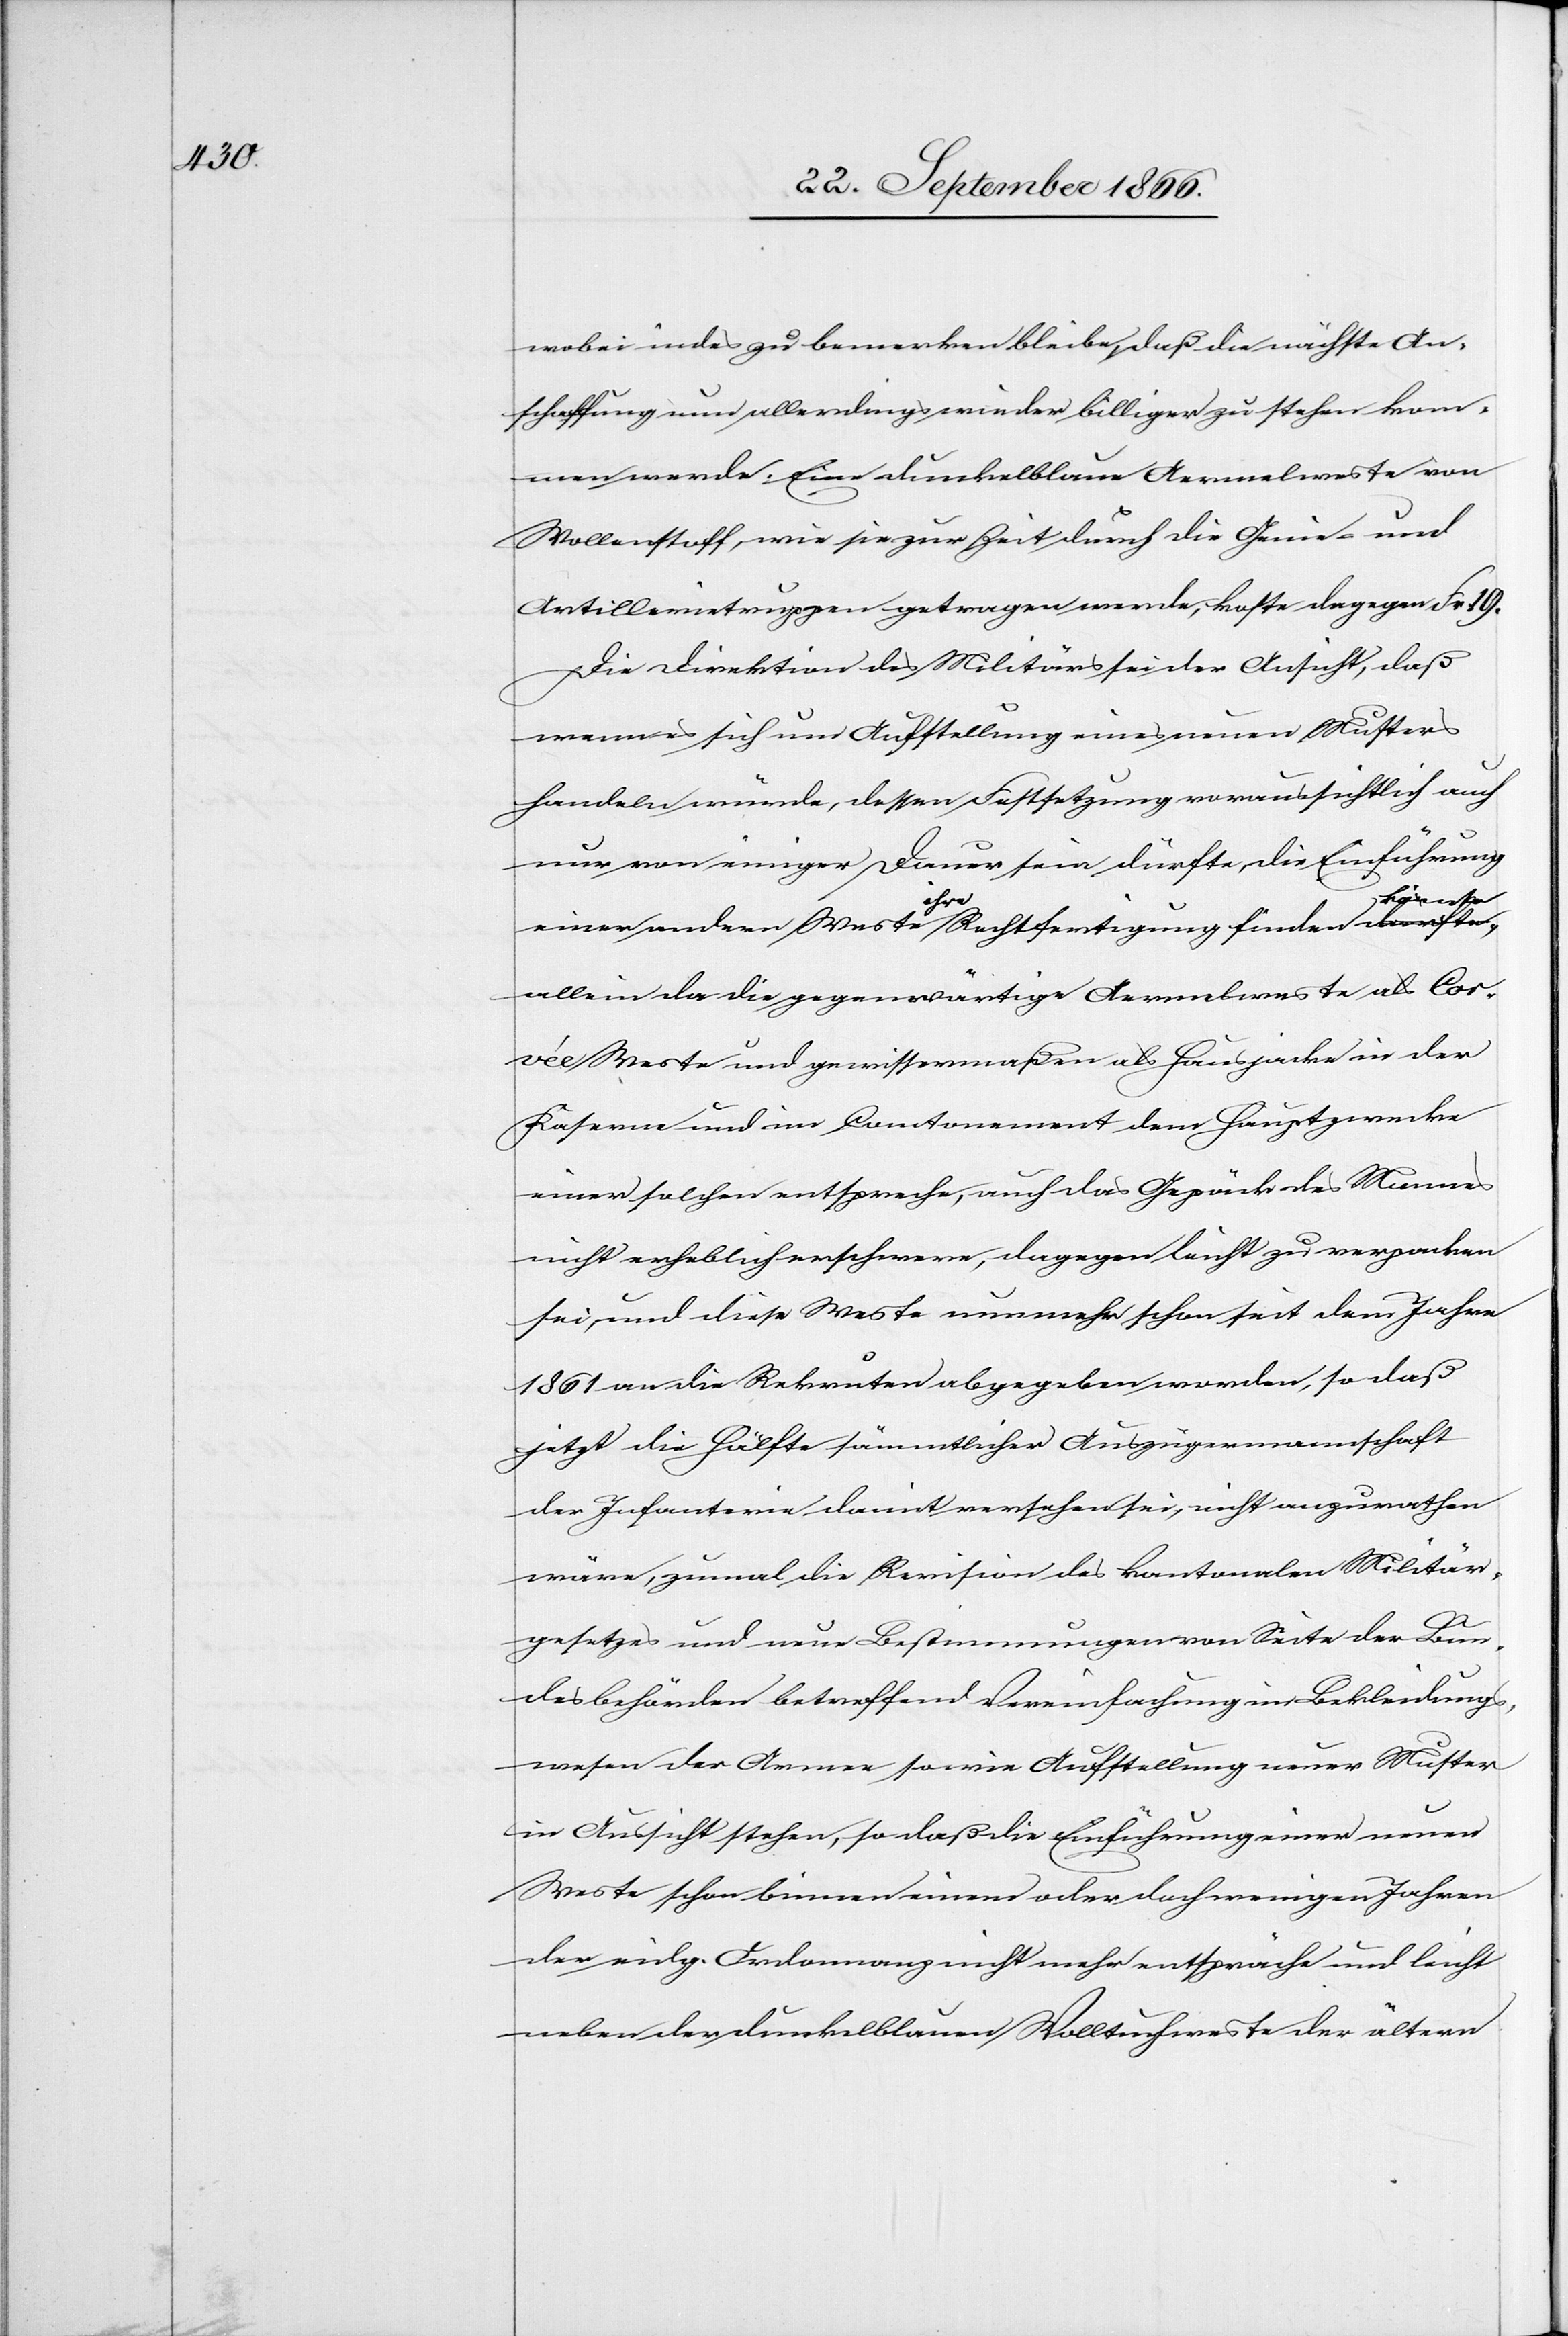
wobei indes zu bemerken bleibe, daß die nächste An¬
schaffung nun allerdings wieder billiger zu stehen kom¬
men werde. Eine dunkelblaue Aermelweste von
Wollenstoff, wie sie zur Zeit durch die Genie- und
Artillerietruppen getragen werde, koste dagegen Frk. 19.
Die Direktion des Militärs sei der Ansicht, daß
wenn es sich um Aufstellung eines neuen Musters
handeln würde, dessen Festsetzung voraussichtlich auch
nur von einiger Dauer sein dürfte, die Einführung
einer andern Weste ihre Rechtfertigung finden könnte,
allein da die gegenwärtige Aermelweste als Cor¬
vée Weste und gewissermaßen als Hausjacke in der
Kaserne und im Cantonement dem Hauptzwecke
einer solchen entspreche, auch das Gepäck des Mannes
nicht erheblich erschwere, dagegen leicht zu verpacken
sei, und diese Weste nunmehr schon seit dem Jahre
1861 an die Rekruten abgegeben worden, so daß
jetzt die Hälfte sämmtlicher Auszügermannschaft
der Infanterie damit versehen sei, nicht anzurathen
wäre, zumal die Revision des kantonalen Militär¬
gesetzes und neue Bestimmungen von Seite der Bu¬
ndesbehörden betreffend Vereinfachung im Bekleidungs¬
wesen der Armee sowie Aufstellung neuer Muster
in Aussicht stehen, so daß die Einführung einer neuen
Weste schon binnen einem oder doch wenigen Jahren
der eidg. Ordonnanz nicht mehr entspräche und leicht
neben der dunkelblauen Wolltuchweste der ältern